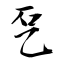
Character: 乭